Medical and sanitary report of the native army of Madras for the year
Year: 1877
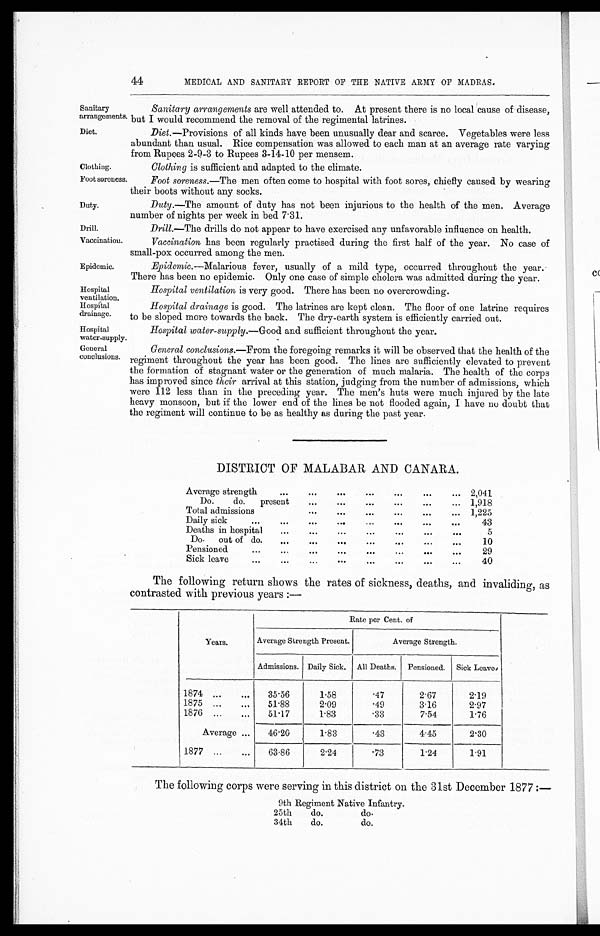
Sanitary
arrangements.
Diet.
Foot soreness.
Duty.
Drill.
Vaccination.
Epidemic.
Hospital
ventilation.
Hospital
drainage.
44
MEDICAL AND SANITARY REPORT OF THE NATIVE ARMY OF MADRAS.
Sanitary arrangements are well attended to. At present there is no local cause of disease,
but I would recommend the removal of the regimental latrines.
Diet.—Provisions of all kinds have been unusually dear and scarce. Vegetables were less
abundant than usual. Rice compensation was allowed to each man at an average rate varying
from Rupees 2-9-3 to Rupees 3-14-10 per mensem.
Clothing.
Clothing is sufficient and adapted to the climate.
Foot soreness.—The men often come to hospital with foot sores, chiefly caused by wearing
their boots without any socks.
Duty.—The amount of duty has not been injurious to the health of the men. Average
number of nights per week in bed 7.31.
Drill.—The drills do not appear to have exercised any unfavorable influence on health.
Vaccination has been regularly practised during the first half of the year. No case of
small-pox occurred among the men.
Epidemic.—Malarious fever, usually of a mild type, occurred throughout the year.
There has been no epidemic. Only one case of simple cholera was admitted during the year.
Hospital ventilation is very good. There has been no overcrowding.
Hospital drainage is good. The latrines are kept clean. The floor of one latrine requires
to be sloped more towards the back. The dry-earth system is efficiently carried out.
Hospital
water-supply.
Hospital water-supply.— Good and sufficient throughout the year.
General
conclusions.
General conclusions.—From the foregoing remarks it will be observed that the health of the
regiment throughout the year has been good. The lines are sufficiently elevated to prevent
the formation of stagnant water or the generation of much malaria. The health of the corps
has improved since their arrival at this station, judging from the number of admissions, which
were 112 less than in the preceding year. The men's huts were much injured by the late
heavy monsoon, but if the lower end of the lines be not flooded again, I have no doubt that
the regiment will continue to be as healthy as during the past year.
DISTRICT OF MALABAR AND CANARA.
Average strength
... ... ... ... ...
...
... 2,041
Do.
do.
present
... ... ... ... ... ...
1,918
Total admissions
... ...
...
...
... ...
1,225
Daily sick
...
...
...
...
...
... ... ...
43
Deaths in hospital
...
... ... ... ...
...
...
5
Do.
out of do.
... ... ... ... ... ... ...
1 0
Pensioned
... ...
...
... ... ...
...
29
Sick leave
...
...
... ... ...
...
...
...
40
The following return shows the rates of sickness, deaths, and invaliding, as
contrasted with previous years :—
Years.
Rate per Cent. of
Average Strength Present.
Average Strength.
Admissions. Daily Sick.
All Deaths.
Pensioned.
Sick Leave.
1874 ....
...
35.56
1.58
.47
2.67
2.19
1875 ...
...
51.88
2.09
.49
3.16
2.97
1876 ...
...
51.17
1.83
.33
7.54
1.76
Average ...
46 . 20
1.83
.43
4.45
2.30
1877 ...
...
63 . 86
2.24
.73
1.24
1.91
The following corps were serving in this district on the 31st December 1877 :—
9th Regiment Native Infantry.
25th
do.
do.
34th
do.
do.